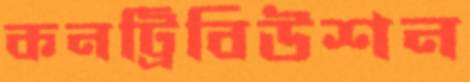
কনট্রিবিউশন